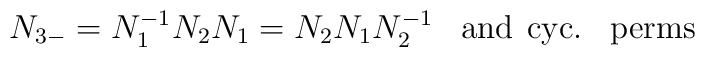
N_{3-}=N_{1}^{-1}N_{2}N_{1}=N_{2}N_{1}N_{2}^{-1} \hspace{10pt} {\rm and}\hspace{5pt}{\rm cyc. \hspace{10pt}perms}